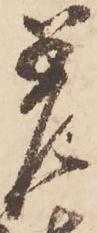
着